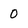
Character: 0